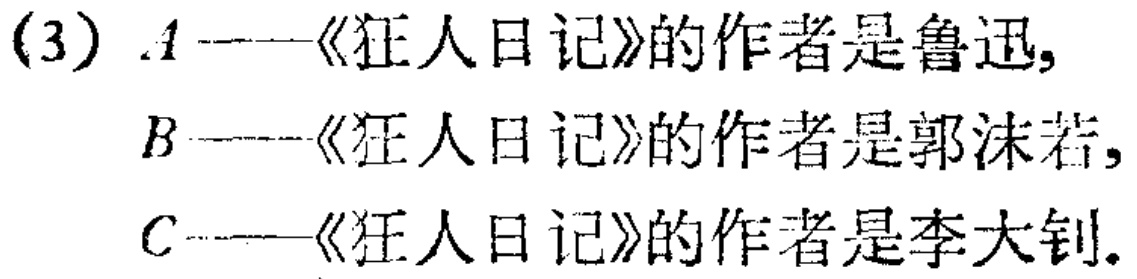
(3) \(A\)——《狂人日记》的作者是鲁迅,

\(B\)——《狂人日记》的作者是郭沫若,

\(C\)——《狂人日记》的作者是李大钊.